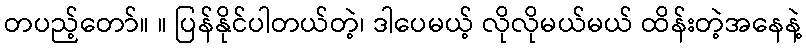
တပည့်တော်။ ။ ပြန်နိုင်ပါတယ်တဲ့၊ ဒါပေမယ့် လိုလိုမယ်မယ် ထိန်းတဲ့အနေနဲ့